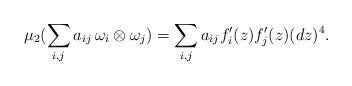
LaTeX: \begin{align*}\mu_2(\sum_{i,j} a_{ij} \, \omega_i \otimes \omega_j) = \sum_{i,j} a_{ij} f_i'(z)f_j'(z)(dz)^4.\end{align*}